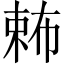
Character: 𣔩